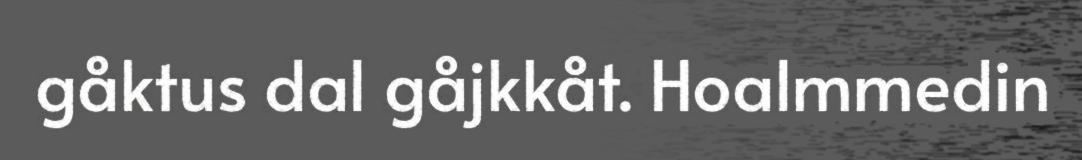
gåktus dal gåjkkåt. Hoalmmedin